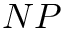
N P